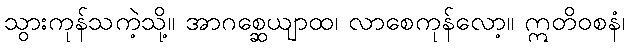
သွားကုန်သကဲ့သို့။ အာဂစ္ဆေယျာထ၊ လာစေကုန်လော့။ ဣတိဝစနံ၊